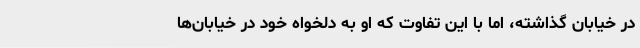
در خیابان گذاشته، اما با این تفاوت که او به دلخواه خود در خیابان‌ها